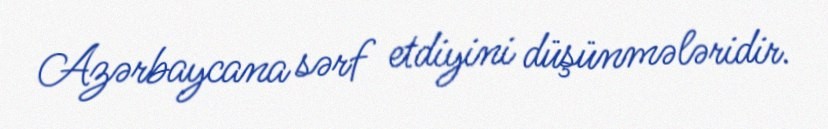
Azərbaycana sərf etdiyini düşünmələridir.